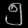
Digit: ၅